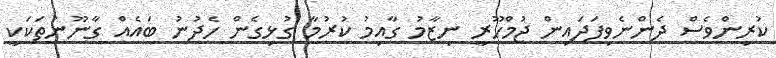
ކުރިންވެސް ދެންނެވިފަދައިން ޖުމްހޫރީ ނިޒާމު ގާއިމު ކުރުމާ ގުޅިގެން ހެދުނު ބައެއް ގާނޫނުތަކަކީ